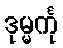
ဒုမ္မင်္ကု